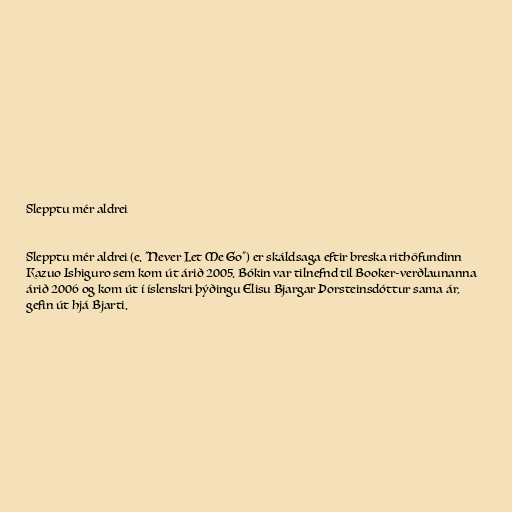
Slepptu mér aldrei

Slepptu mér aldrei (e. "Never Let Me Go") er skáldsaga eftir breska rithöfundinn
Kazuo Ishiguro sem kom út árið 2005. Bókin var tilnefnd til Booker-verðlaunanna
árið 2006 og kom út í íslenskri þýðingu Elisu Bjargar Þorsteinsdóttur sama ár,
gefin út hjá Bjarti.